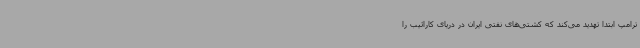
ترامپ ابتدا تهدید می‌کند که کشتی‌های نفتی ایران در دریای کارائیب را